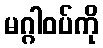
မဂ္ဂါဝပ်ကို